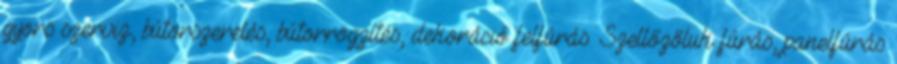
gyors szerviz, bútorszerelés, bútorrögzítés, dekoráció felfúrás. Szellőzőluk fúrás, panelfúrás